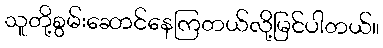
သူတို့စွမ်းဆောင်နေကြတယ်လို့မြင်ပါတယ်။